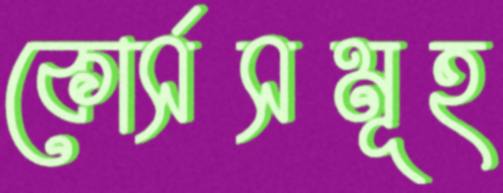
কোর্সসমূহ